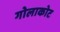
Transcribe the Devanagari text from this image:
गोलाकोट